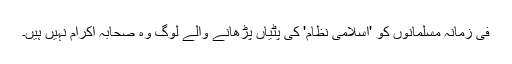
فی زمانہ مسلمانوں کو 'اسلامی نظام' کی پٹیاں پڑھانے والے لوگ وہ صحابہ اکرام نہیں ہیں۔